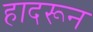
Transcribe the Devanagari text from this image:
हादरून